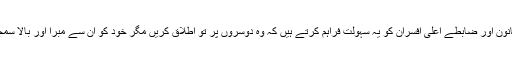
کیا قانون اور ضابطے اعلیٰ افسران کو یہ سہولت فراہم کرتے ہیں کہ وہ دوسروں پر تو اطلاق کریں مگر خود کو ان سے مبرا اور بالا سمجھیں۔